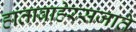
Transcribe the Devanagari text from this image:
हाताबाहेरसजाते